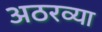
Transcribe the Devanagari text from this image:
अठरव्या